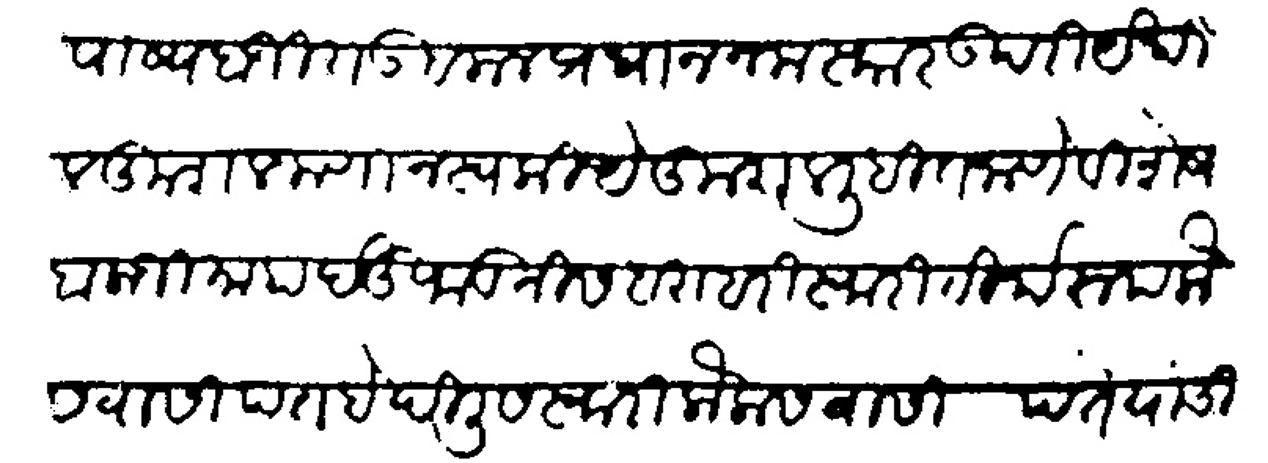
Transliteration (Devanagari): पोष्य बाजीराव बलाल प्रधान नमस्कार उपरी येथील कुशल जाणोन स्वकीये कुशल लिहीत जाणे विशेष बालाजी माहादेऊ फडणीस बराबरी स्वारी तीर्थरूप कैलासवासी पंत हे दिलीस स्वारी कैलासवासी पंत यांची